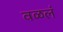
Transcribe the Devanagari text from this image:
वळलं